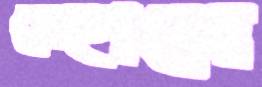
সেহানে